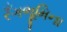
રઁગભૂમિના